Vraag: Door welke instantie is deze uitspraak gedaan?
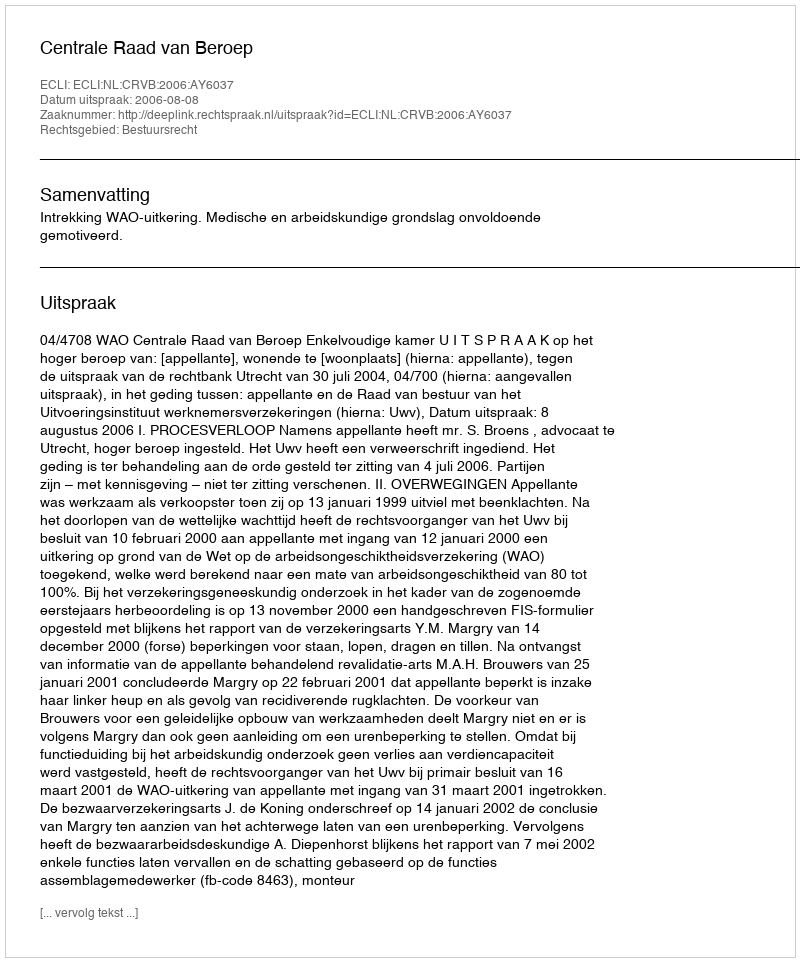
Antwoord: Centrale Raad van Beroep